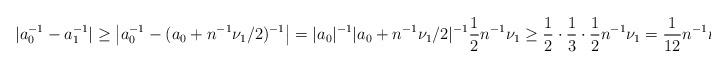
LaTeX: \begin{align*}|a_0^{-1}-a_1^{-1}|\geq\bigl|a_0^{-1}-(a_0+n^{-1}\nu_1/2)^{-1}\bigr|=|a_0|^{-1}|a_0+n^{-1}\nu_1/2|^{-1}\frac{1}{2}n^{-1}\nu_1\geq \frac{1}{2}\cdot \frac{1}{3}\cdot \frac{1}{2}n^{-1}\nu_1=\frac{1}{12}n^{-1}\nu_1.\end{align*}